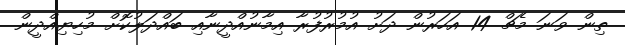
ތިން ވަނަ މެޗް 14 އަހަރުން ދަށު އުމުރުފުރާ އިމާނުއްދީނާއި ބައްދަލުކޮށް މުހިޔިއްދީން